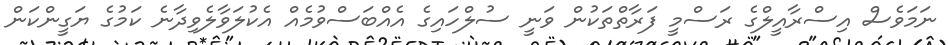
ނަމަވެސް އިސްރާއީލްގެ ރަސްމީ ފަރާތްތަކުން ވަނީ ސުލްހައިގެ އެއްބަސްވުމެއް އެކުލަވާލެވިދާނެ ކަމުގެ ޔަގީންކަން